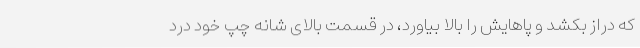
که دراز بکشد و پاهایش را بالا بیاورد، در قسمت بالای شانه چپ خود درد